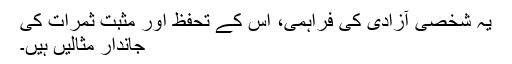
یہ شخصی آزادی کی فراہمی، اس کے تحفظ اور مثبت ثمرات کی
جاندار مثالیں ہیں۔